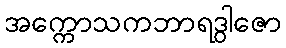
အက္ကောသကဘာရဒွါဇော